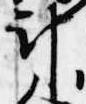
計